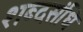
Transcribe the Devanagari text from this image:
शब्दसंधि